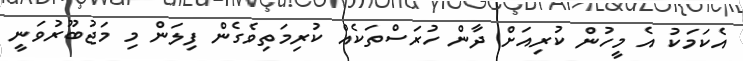
އެކަމަކު އެ މީހުން ކުރިއަށް ދާން ހުރަސްތަކެއް ކުރިމަތިވެގެން ފިލަން މި މަޖުބޫރުވަނީ